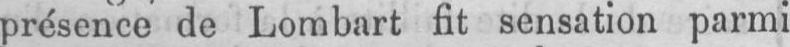
présence de Lombart fit sensation parmi